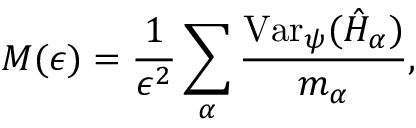
M ( \epsilon ) = \frac { 1 } { \epsilon ^ { 2 } } \sum _ { \alpha } \frac { \mathrm { V a r } _ { \psi } ( \hat { H } _ { \alpha } ) } { m _ { \alpha } } ,